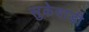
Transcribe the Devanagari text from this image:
सुकेवाडी